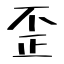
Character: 歪